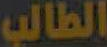
الطالب